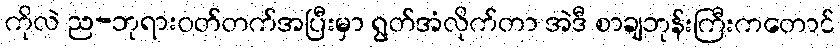
ကိုလဲ ည-ဘုရားဝတ်တက်အပြီးမှာ ရွတ်အံလိုက်တာ အဲဒီ စာချဘုန်းကြီးကတောင်